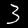
Label: 3